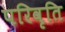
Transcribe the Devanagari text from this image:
परिवृति